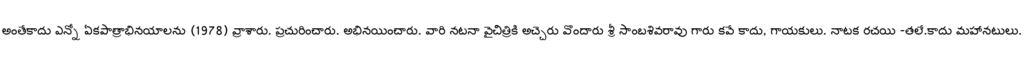
అంతేకాదు ఎన్నో ఏకపాత్రాభినయాలను (1978) వ్రాశారు. ప్రచురించారు. అభినయించారు. వారి నటనా వైచిత్రికి అచ్చెరు వొందారు శ్రీ సాంబశివరావు గారు కవే కాదు, గాయకులు. నాటక రచయి -తలే.కాదు మహానటులు.